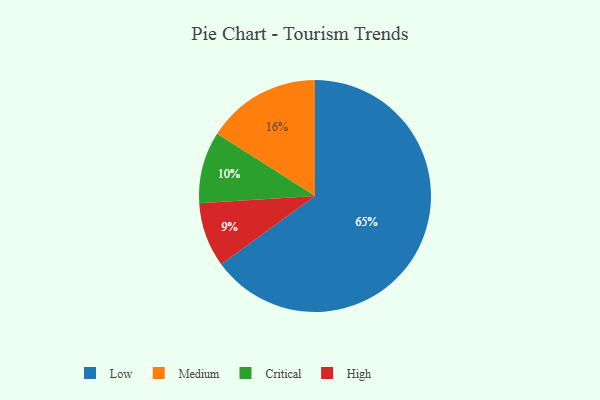
{"axis": {"x": "Category", "y": "Percentage"}, "legend": ["Critical", "High", "Low", "Medium"], "data": [{"x": "High", "y": 9, "type": "High"}, {"x": "Medium", "y": 16, "type": "Medium"}, {"x": "Low", "y": 65, "type": "Low"}, {"x": "Critical", "y": 10, "type": "Critical"}]}